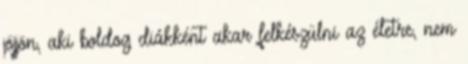
jöjjön, aki boldog diákként akar felkészülni az életre, nem